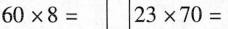
$$6 0 \times 8 =$$ $$2 3 \times 7 0 =$$